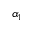
\alpha _ { 1 }